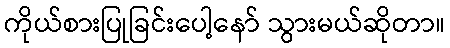
ကိုယ်စားပြုခြင်းပေါ့နော် သွားမယ်ဆိုတာ။